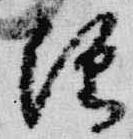
経